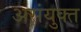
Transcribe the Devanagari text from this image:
असंयुक्‍त